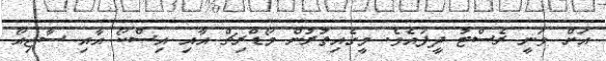
އަށް ވަނީ ރެސްޓު ދީފައެވެ. މީގެއިތުރުން މޯޑްރިޗް އާއި އިސްކޯ އާއި ސާޖިއޯ